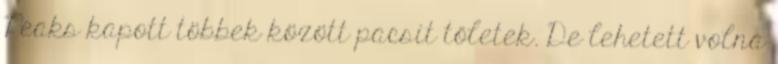
Peaks kapott többek között pacsit tőletek. De lehetett volna